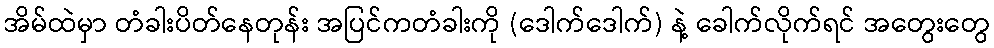
အိမ်ထဲမှာ တံခါးပိတ်နေတုန်း အပြင်ကတံခါးကို (ဒေါက်ဒေါက်) နဲ့ ခေါက်လိုက်ရင် အတွေးတွေ